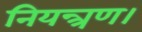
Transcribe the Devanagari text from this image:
नियन्त्रण।